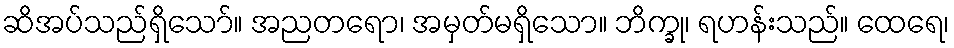
ဆိအပ်သည်ရှိသော်။ အညတရော၊ အမှတ်မရှိသော။ ဘိက္ခု၊ ရဟန်းသည်။ ထေရေ၊